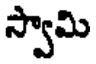
స్వామి